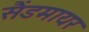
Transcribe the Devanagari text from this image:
सैंडमायर